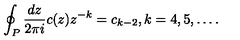
\oint _ { P } \frac { d z } { 2 \pi i } c ( z ) z ^ { - k } = c _ { k - 2 } , k = 4 , 5 , \ldots .